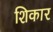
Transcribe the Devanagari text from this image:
शिकार